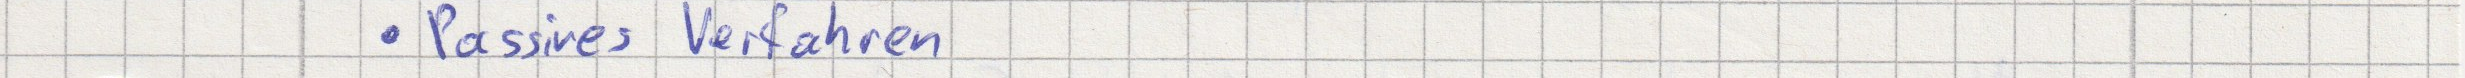
Passives Verfahren